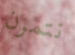
نتمرن